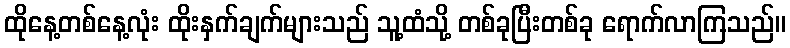
ထိုနေ့တစ်နေ့လုံး ထိုးနှက်ချက်များသည် သူ့ထံသို့ တစ်ခုပြီးတစ်ခု ရောက်လာကြသည်။